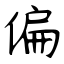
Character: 偏